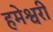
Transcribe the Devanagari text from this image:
हमेश्वरी